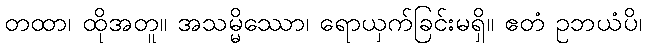
တထာ၊ ထိုအတူ။ အသမ္မိဿော၊ ရောယှက်ခြင်းမရှိ။ ဧတံ ဥဘယံပိ၊